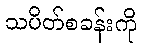
သပိတ်စခန်းကို